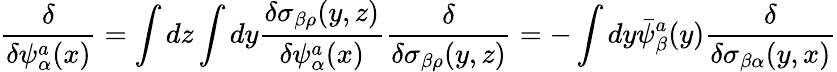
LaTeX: {\frac{\delta}{\delta\psi_{\alpha}^{a}(x)}}=\int dz\int dy{\frac{\delta\sigma_{\beta\rho}(y,z)}{\delta\psi_{\alpha}^{a}(x)}}{\frac{\delta}{\delta\sigma_{\beta\rho}(y,z)}}=-\int dy\bar{\psi}_{\beta}^{a}(y){\frac{\delta}{\delta\sigma_{\beta\alpha}(y,x)}}